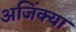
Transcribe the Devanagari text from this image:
अजिंक्या